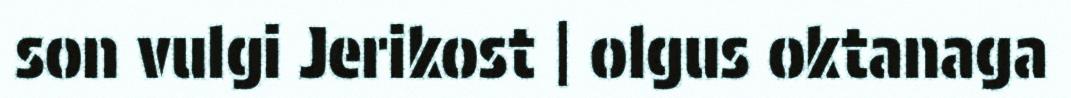
son vulgi Jerikost | olgus oktanaga